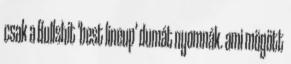
csak a Bullshit 'best lineup' dumát nyomnák. ami mögött